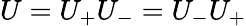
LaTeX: U=U_{+}U_{-}=U_{-}U_{+}